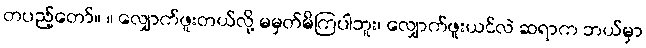
တပည့်တော်။ ။ လျှောက်ဖူးတယ်လို့ မမှတ်မိကြပါဘူး၊ လျှောက်ဖူးယင်လဲ ဆရာက ဘယ်မှာ